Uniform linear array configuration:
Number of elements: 24
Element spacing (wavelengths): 0.25
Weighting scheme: kaiser
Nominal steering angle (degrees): -30
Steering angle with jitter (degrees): -30.878
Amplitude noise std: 0.05
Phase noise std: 0.05

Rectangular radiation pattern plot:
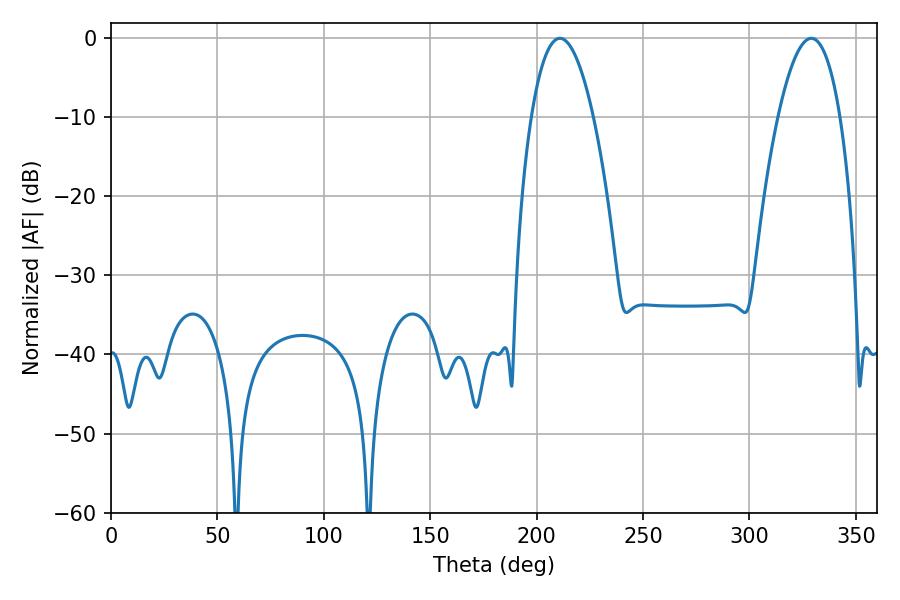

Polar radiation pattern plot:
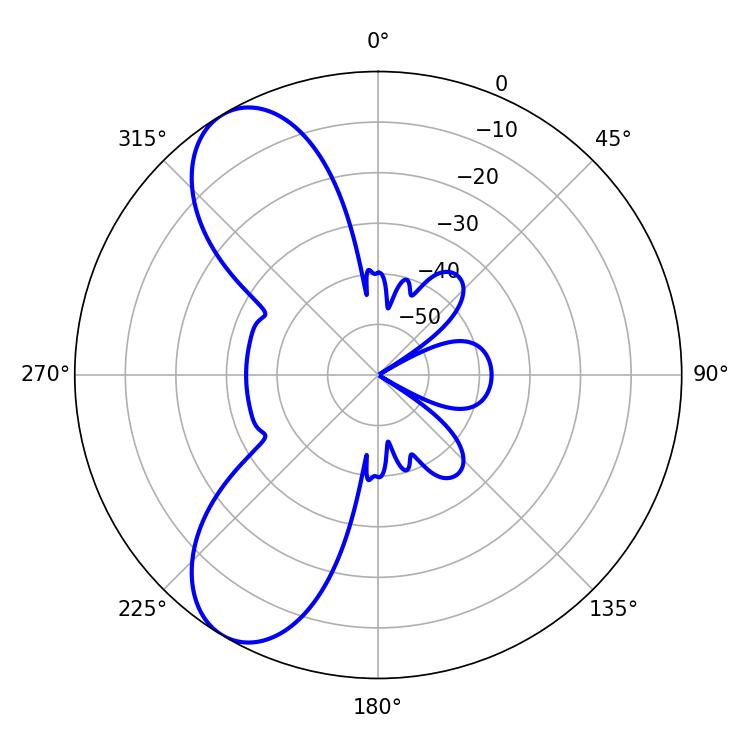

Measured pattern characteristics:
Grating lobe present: FALSE
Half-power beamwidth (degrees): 16.2
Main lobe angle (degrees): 210.96